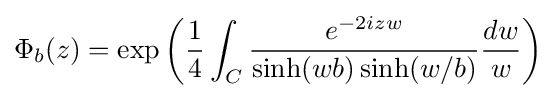
\Phi _{b}(z)=\exp \left({\frac {1}{4}}\int _{C}{\frac {e^{-2izw}}{\sinh(wb)\sinh(w/b)}}{\frac {dw}{w}}\right)